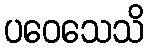
ပဝေသေသိ